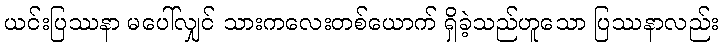
ယင်းပြဿနာ မပေါ်လျှင် သားကလေးတစ်ယောက် ရှိခဲ့သည်ဟူသော ပြဿနာလည်း